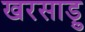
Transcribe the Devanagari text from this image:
खरसाड़ु